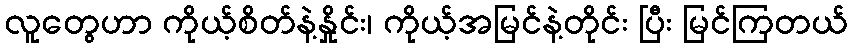
လူတွေဟာ ကိုယ့်စိတ်နဲ့နှိုင်း၊ ကိုယ့်အမြင်နဲ့တိုင်း ပြီး မြင်ကြတယ်